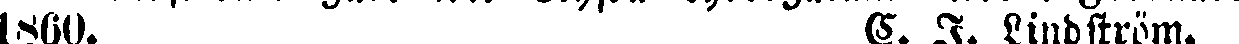
1860. E. J. Lindström.